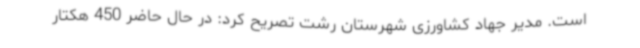
است. مدیر جهاد کشاورزی شهرستان رشت تصریح کرد: در حال حاضر 450 هکتار